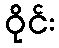
ဝိုင်း